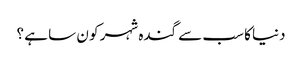
دنیا کا سب سے گندہ شہر کو ن سا ہے ؟